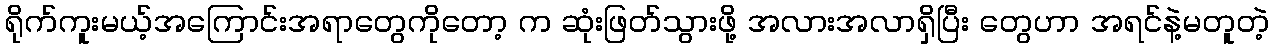
ရိုက်ကူးမယ့်အကြောင်းအရာတွေကိုတော့ က ဆုံးဖြတ်သွားဖို့ အလားအလာရှိပြီး တွေဟာ အရင်နဲ့မတူတဲ့